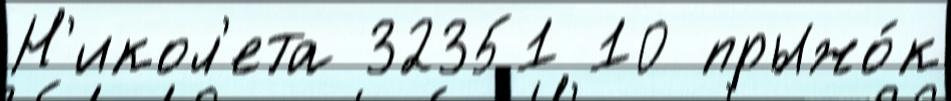
Н'икол'ета 32351 10 прыжо́к